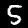
Label: 5